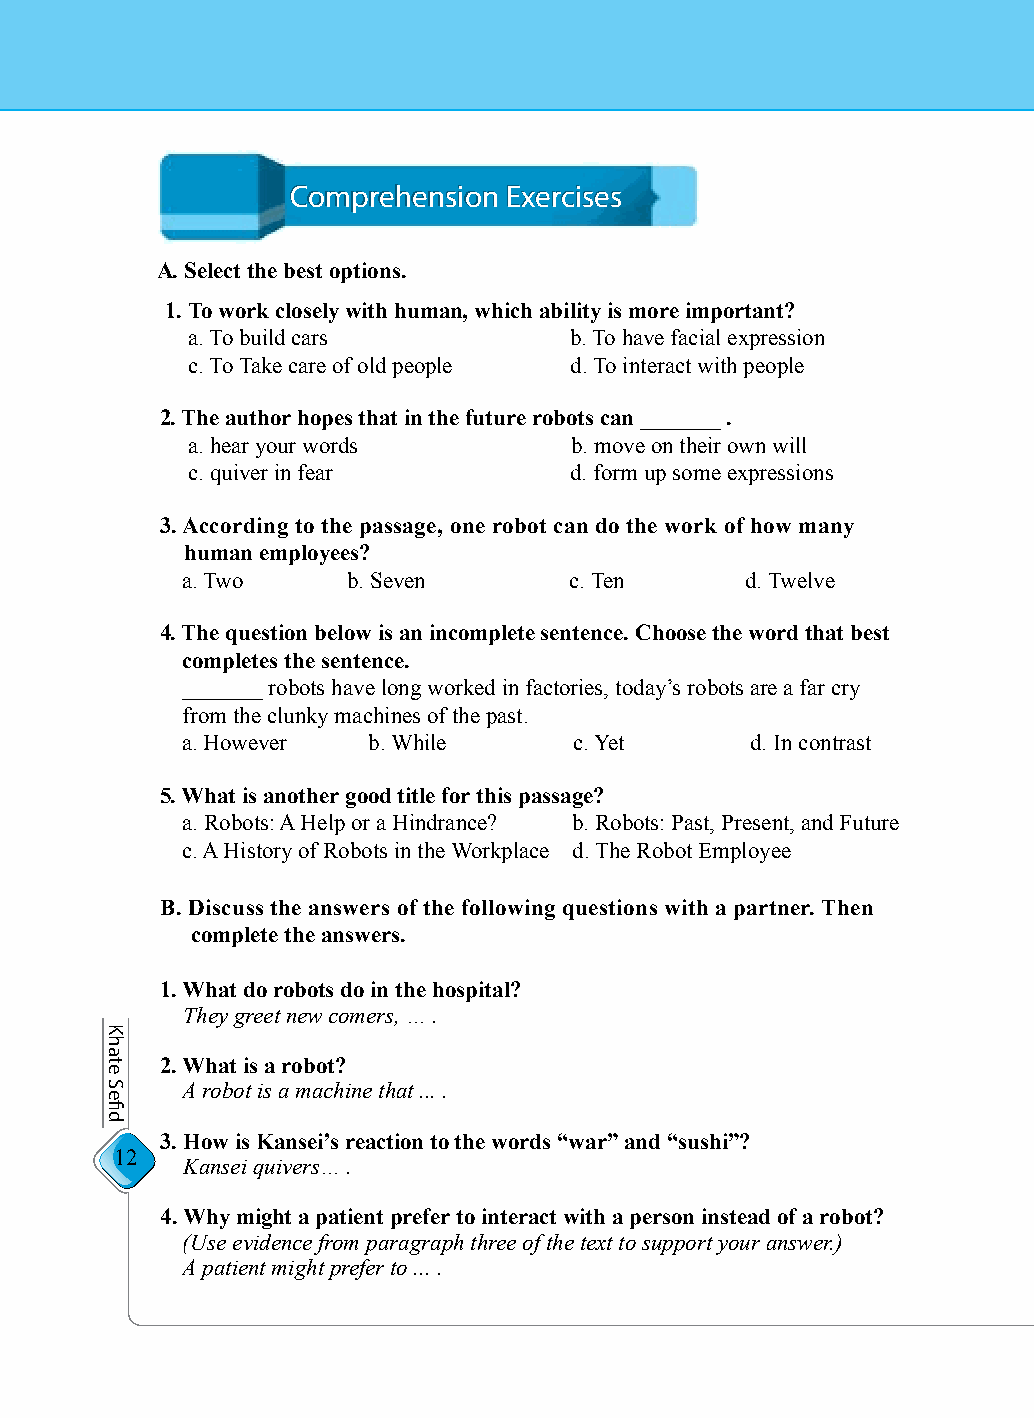
CCoommpprreehheennssiioonn EExxeerrcciisseess
 A. Select the best options.
 1. To work closely with human, which ability is more important?
 a. To build cars          b. To have facial expression
 c. To Take care of old people d. To interact with people
 2. The author hopes that in the future robots can _______ .
 a. hear your words        b. move on their own will
 c. quiver in fear         d. form up some expressions
 3. According to the passage, one robot can do the work of how many
 human employees?
 a. Two     b. Seven       c. Ten     d. Twelve
 4. The question below is an incomplete sentence. Choose the word that best
 completes the sentence.
 _______ robots have long worked in factories, today’s robots are a far cry
 from the clunky machines of the past.
 a. However  b. While      c. Yet      d. In contrast
 5. What is another good title for this passage?
 a. Robots: A Help or a Hindrance? b. Robots: Past, Present, and Future
 c. A History of Robots in the Workplace d. The Robot Employee
 B. Discuss the answers of the following questions with a partner. Then
 complete the answers.
 1. What do robots do in the hospital?
 They greet new comers, … .
 2. What is a robot?
 A robot is a machine that ... .
 3. How is Kansei’s reaction to the words “war” and “sushi”?
 12
 Kansei quivers… .
 4. Why might a patient prefer to interact with a person instead of a robot?
 (Use evidence from paragraph three of the text to support your answer.)
 A patient might prefer to ... .
 Khate
 Sefid